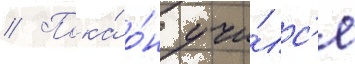
// Пока́ о́н учи́лс'я